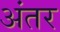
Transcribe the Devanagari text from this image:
अंंतर